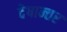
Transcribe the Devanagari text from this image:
देषान्‍तर